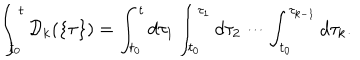
LaTeX: \int _ { t _ { 0 } } ^ { t } { \cal D } _ { k } ( \{ \tau \} ) = \int _ { t _ { 0 } } ^ { t } d \tau _ { 1 } \int _ { t _ { 0 } } ^ { \tau _ { 1 } } d \tau _ { 2 } \cdots \int _ { t _ { 0 } } ^ { \tau _ { k - 1 } } d \tau _ { k } .